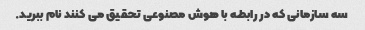
سه سازمانی که در رابطه با هوش مصنوعی تحقیق می کنند نام ببرید.